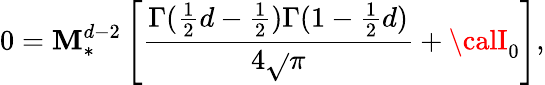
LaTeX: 0=\mathbf{M}_{\ast}^{d-2}\left[\frac{{\Gamma(\frac{{1}}{{2}}d-\frac{{1}}{{2}})\Gamma(1-\frac{{1}}{{2}}d)}}{{4\sqrt{}{{\pi}}}}+{\calI}_{0}\right],